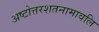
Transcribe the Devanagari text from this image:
अष्टोत्तरशतनामावलि